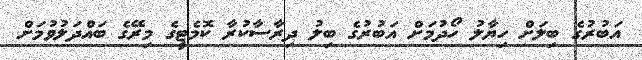
އަބުރުގެ ބިލަށް ހިޔާލު ހޯދުމަށް އަބުރުގެ ބިލު ދިރާސާކުރާ ކޮމެޓީގެ މިރޭގެ ބައްދަލުވުމަށް